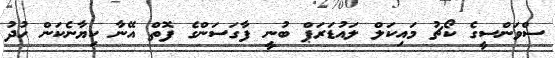
ސްވަންސީގެ ކޯޗު މައިކަލް ލައުޑަރަޕް ބުނީ ފާގަސަންގެ ފޮތް އޭނާ ކިޔާނެކަން ހުދު